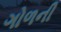
ગોળની